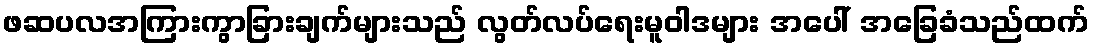
ဖဆပလအကြားကွာခြားချက်များသည် လွတ်လပ်ရေးမူဝါဒများ အပေါ် အခြေခံသည်ထက်